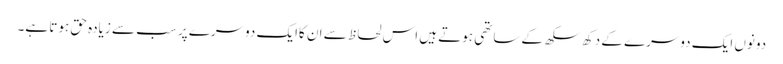
دونوں ایک دوسرے کے دکھ سکھ کے ساتھی ہوتے ہیں اس لحاظ سے ان کاایک دوسرے پر سب سے زیادہ حق ہوتا ہے۔